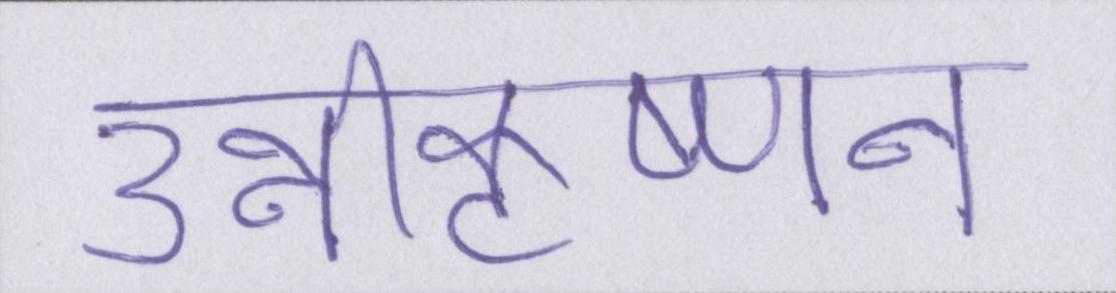
उन्नीकृष्णन